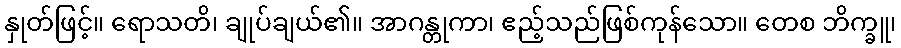
နှုတ်ဖြင့်။ ရောသတိ၊ ချုပ်ချယ်၏။ အာဂန္တုကာ၊ ဧည့်သည်ဖြစ်ကုန်သော။ တေစ ဘိက္ခူ၊